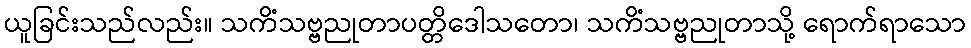
ယူခြင်းသည်လည်း။ သကိံသဗ္ဗညုတာပတ္တိဒေါသတော၊ သကိံသဗ္ဗညုတာသို့ ရောက်ရာသော